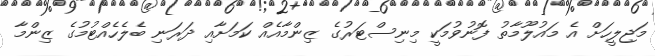
މަޖިލީހަށް އެ މައުލޫމާތު ފޮނުވުމަކީ މިނިސްޓަރުގެ ޒިންމާއެއް ކަމަށާއި ދަރަނި ބެލެހެއްޓުމުގެ ޒިންމާ